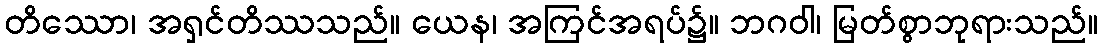
တိဿော၊ အရှင်တိဿသည်။ ယေန၊ အကြင်အရပ်၌။ ဘဂဝါ၊ မြတ်စွာဘုရားသည်။